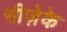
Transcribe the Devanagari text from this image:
सीज़ेके